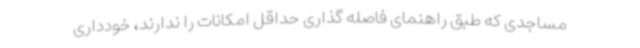
مساجدی که طبق راهنمای فاصله گذاری حداقل امکانات را ندارند، خودداری